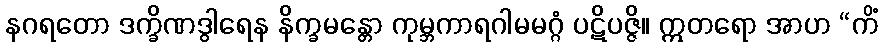
နဂရတော ဒက္ခိဏဒွါရေန နိက္ခမန္တော ကုမ္ဘကာရဂါမမဂ္ဂံ ပဋိပဇ္ဇိ။ ဣတရော အာဟ “ကိံ